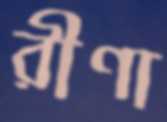
রীণা